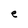
Character: e